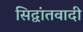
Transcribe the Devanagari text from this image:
सिद्वांतवादी